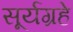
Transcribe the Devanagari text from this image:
सूर्यग्रहे